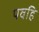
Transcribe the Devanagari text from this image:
पवहि